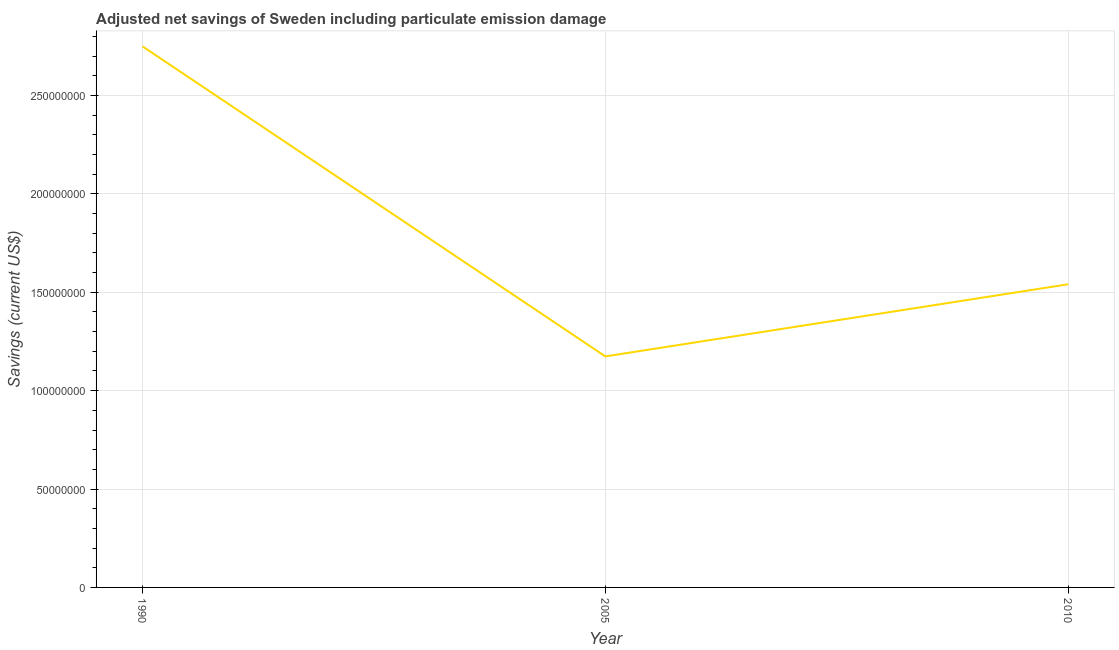
| Year | Adjusted savings: particulate emission damage (current US$) |
 | --- | --- |
 | 1990 | 2.75e+08 |
 | 2005 | 1.17e+08 |
 | 2010 | 1.54e+08 |